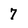
Character: 7